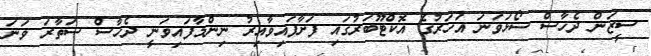
ސީޒަން ދެހާސް ސޯޅަވަނަ އަހަރުގެ އޮކްޓޫބަރުގައި ފަށާފައިވާއިރު ނިންމާފައިވަނީ ދެހާސް ސަތާރަ ވަނަ